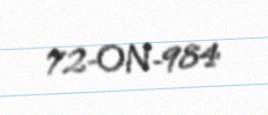
72-ON-984